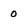
Character: 0